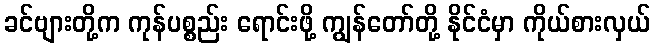
ခင်ဗျားတို့က ကုန်ပစ္စည်း ရောင်းဖို့ ကျွန်တော်တို့ နိုင်ငံမှာ ကိုယ်စားလှယ်